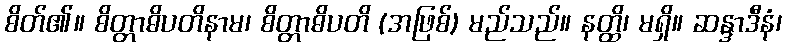
စိတ်၏။ စိတ္တာဓိပတိနာမ၊ စိတ္တာဓိပတိ (အဖြစ်) မည်သည်။ နတ္ထိ၊ မရှိ။ ဆန္ဒာဒီနံ၊